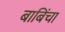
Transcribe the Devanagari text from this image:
बाबिंचा